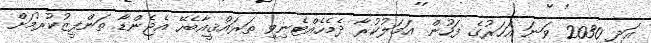
އަދި 2030 ވަނަ އަހަރުގެ ފަހުން އަމަލުކުރާ ދެމެހެއްޓެނިވި ތަރައްޤީއާބެހޭ އެޖެންޑާ ތަންފީޒުކުރުމަށް